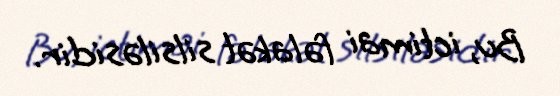
Bu, ictimai fəlakət silsiləsidir.